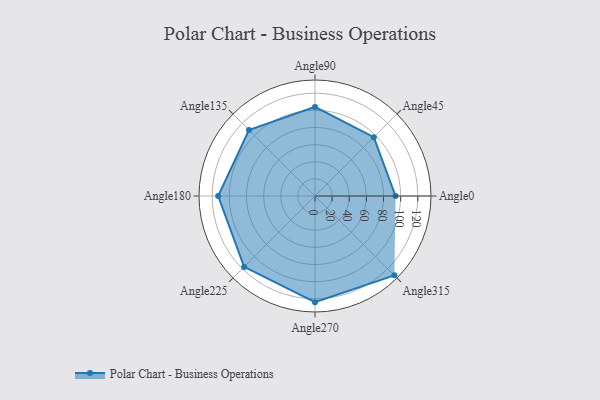
{"axis": {"x": "Angle", "y": "Radius"}, "legend": [""], "data": [{"x": "Angle0", "y": 94.0, "type": ""}, {"x": "Angle45", "y": 97.0, "type": ""}, {"x": "Angle90", "y": 104.0, "type": ""}, {"x": "Angle135", "y": 109.0, "type": ""}, {"x": "Angle180", "y": 113.0, "type": ""}, {"x": "Angle225", "y": 117.0, "type": ""}, {"x": "Angle270", "y": 124.0, "type": ""}, {"x": "Angle315", "y": 131.0, "type": ""}]}